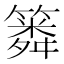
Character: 𥳞